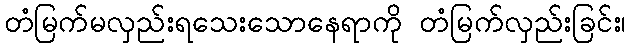
တံမြက်မလှည်းရသေးသောနေရာကို တံမြက်လှည်းခြင်း၊